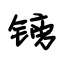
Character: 镑